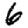
Digit: 6